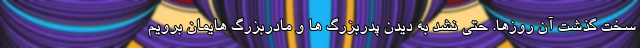
سخت گذشت آن روزها. حتی نشد به دیدن پدربزرگ ها و مادربزرگ هایمان برویم